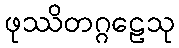
ဖုဿိတဂ္ဂဠေသု